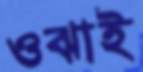
ওঝাই